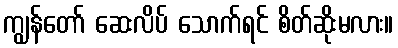
ကျွန်တော် ဆေးလိပ် သောက်ရင် စိတ်ဆိုးမလား။